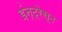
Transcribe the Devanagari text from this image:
इंन्ट्रेस्ट